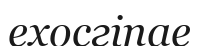
ехосгіпае